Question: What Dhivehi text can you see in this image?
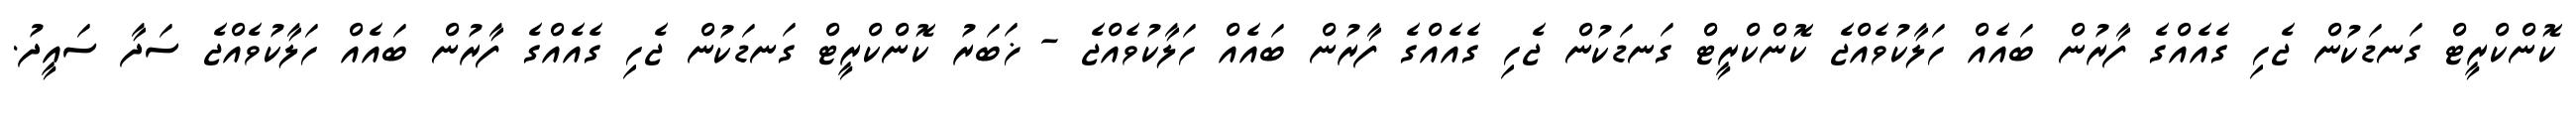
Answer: ކޮންކްރީޓް ގަނޑަކުން ޖެހި ގެއެއްގެ ފާރުން ބައެއް ހަލާކުވެއްޖެ ކޮންކްރީޓް ގަނޑަކުން ޖެހި ގެއެއްގެ ފާރުން ބައެއް ހަލާކުވެއްޖެ - ޚަބަރު ކޮންކްރީޓް ގަނޑަކުން ޖެހި ގެއެއްގެ ފާރުން ބައެއް ހަލާކުވެއްޖެ ސަދާ ސައީދު.